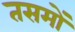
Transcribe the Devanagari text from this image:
तसमों